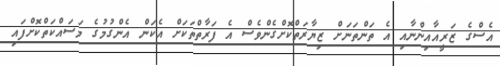
އެސްގެ ޒަރީއާއިންނާއި އެ ތަންތަނަށް ޒިޔާރަތްކޮށްގެންވެސް އެ ފަރާތްތަކަށް އެކަން އެންގުމުގެ މަސައްކަތްކޮށްފައި